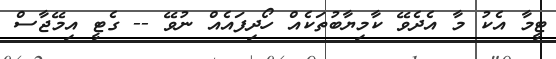
ޓީމާ އެކު މާ އެދެވޭ ކާމިޔާބުތަކެއް ހޯދިފައެއް ނުވޭ -- ގެޓީ އިމޭޖާސް